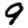
Digit: 9